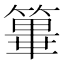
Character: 𥴂